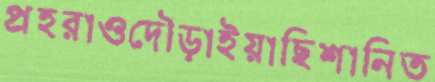
প্রহরাওদৌড়াইয়াছিশানিত